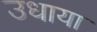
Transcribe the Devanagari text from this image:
उधाया